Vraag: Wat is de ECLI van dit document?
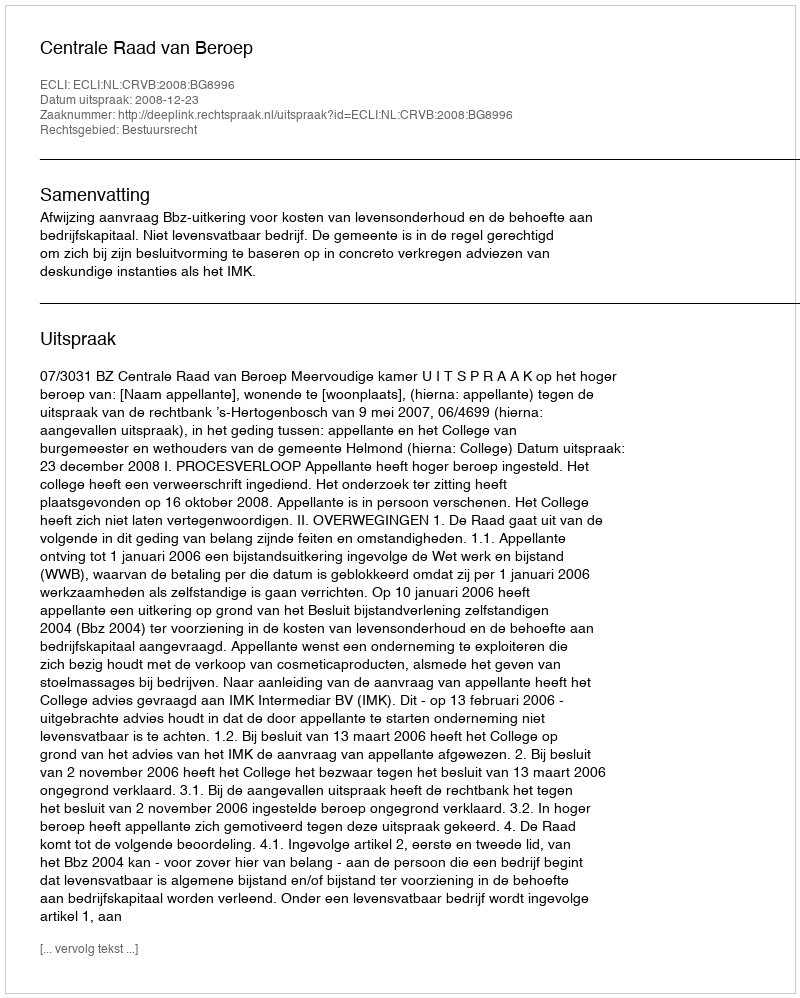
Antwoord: ECLI:NL:CRVB:2008:BG8996